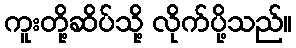
ကူးတို့ဆိပ်သို့ လိုက်ပို့သည်။